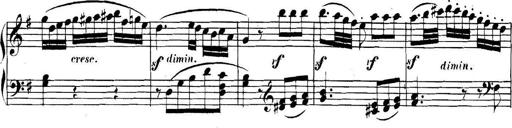
Title: Collected Piano Sonatas
Composer: Muzio Clementi